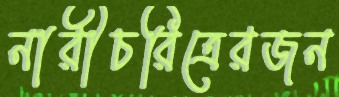
নারীচরিত্রেরজন